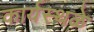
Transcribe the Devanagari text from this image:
कार्यस्थळे